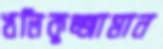
খলিকুজ্জামান